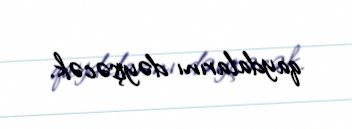
qaydalarını dəyişəcək.